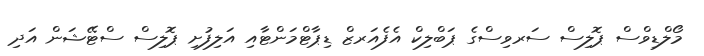
މޯލްޑިވްސް ޕޮލިސް ސަރވިސްގެ ޕަބްލިކް އެފެއަރޒް ޑިޕާޓްމަންޓާއި އަލިފުށި ޕޮލިސް ސްޓޭޝަން އަދި